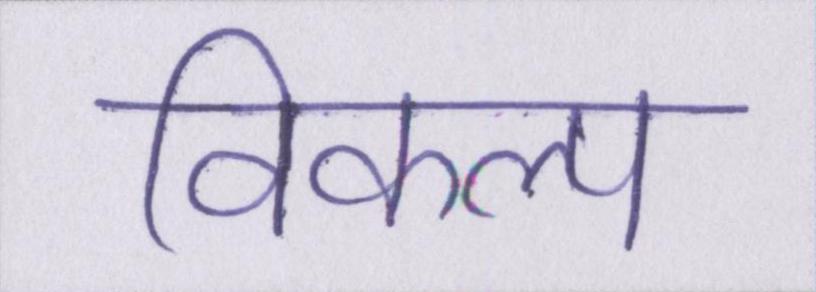
विकल्प